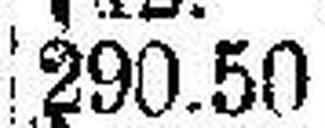
290.50